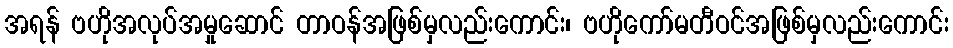
အရန် ဗဟိုအလုပ်အမှုဆောင် တာဝန်အဖြစ်မှလည်းကောင်း၊ ဗဟိုကော်မတီဝင်အဖြစ်မှလည်းကောင်း